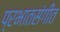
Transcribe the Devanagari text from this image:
प्रभातसंगीत